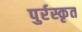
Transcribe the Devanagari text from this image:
पुर्रस्कृत